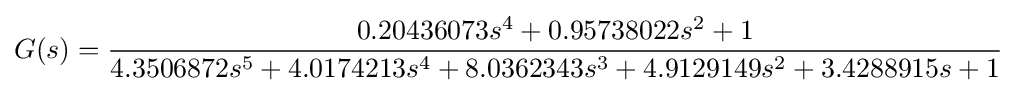
{\begin{aligned}&G(s)={\frac {0.20436073s^{4}+0.95738022s^{2}+1}{4.3506872s^{5}+4.0174213s^{4}+8.0362343s^{3}+4.9129149s^{2}+3.4288915s+1}}\\\end{aligned}}